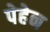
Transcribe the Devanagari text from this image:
पेहेन